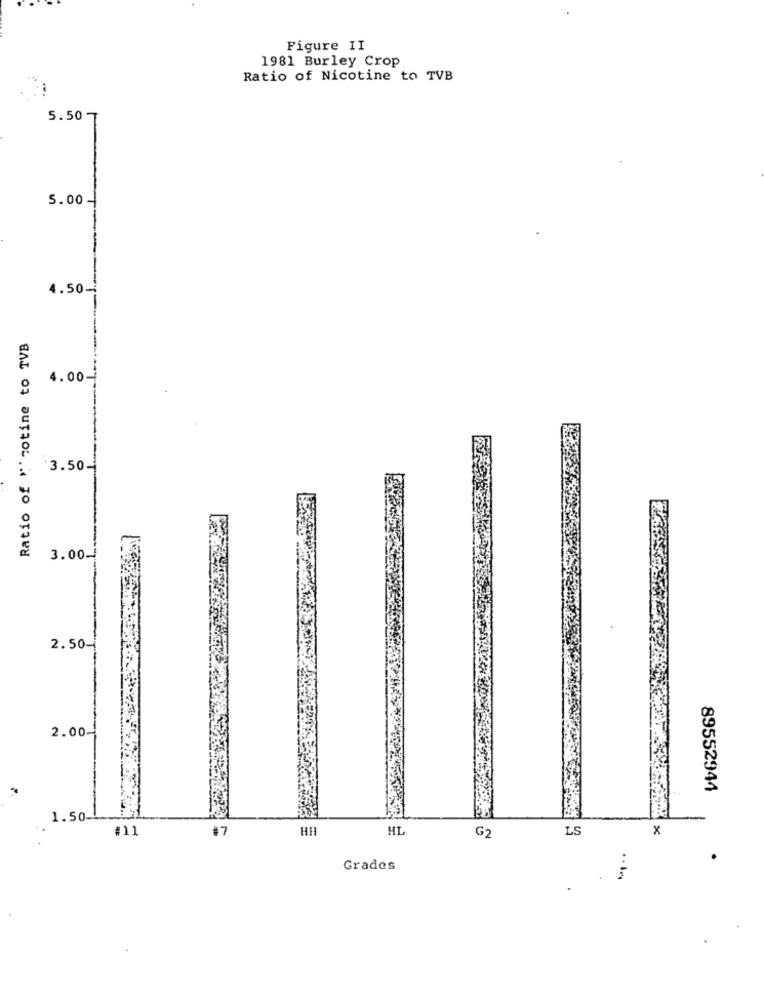
Figure II
1981 Burley Crop
Ratio of Nicotine to TVB
5.50 T
5.00
4.50-
Ratio of "' sotine to TVB
4.00-
3.50-
3.00-
2.50-
2.00-
89552944
1.50-
#11
HH
HL
LS
x
G2
Grades